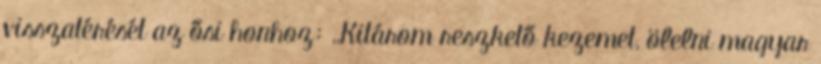
visszatérését az ősi honhoz: ,,Kitárom reszkető kezemet, ölelni magyar